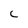
Character: C